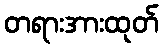
တရားအားထုတ်